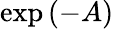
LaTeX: \exp\left(-A\right)